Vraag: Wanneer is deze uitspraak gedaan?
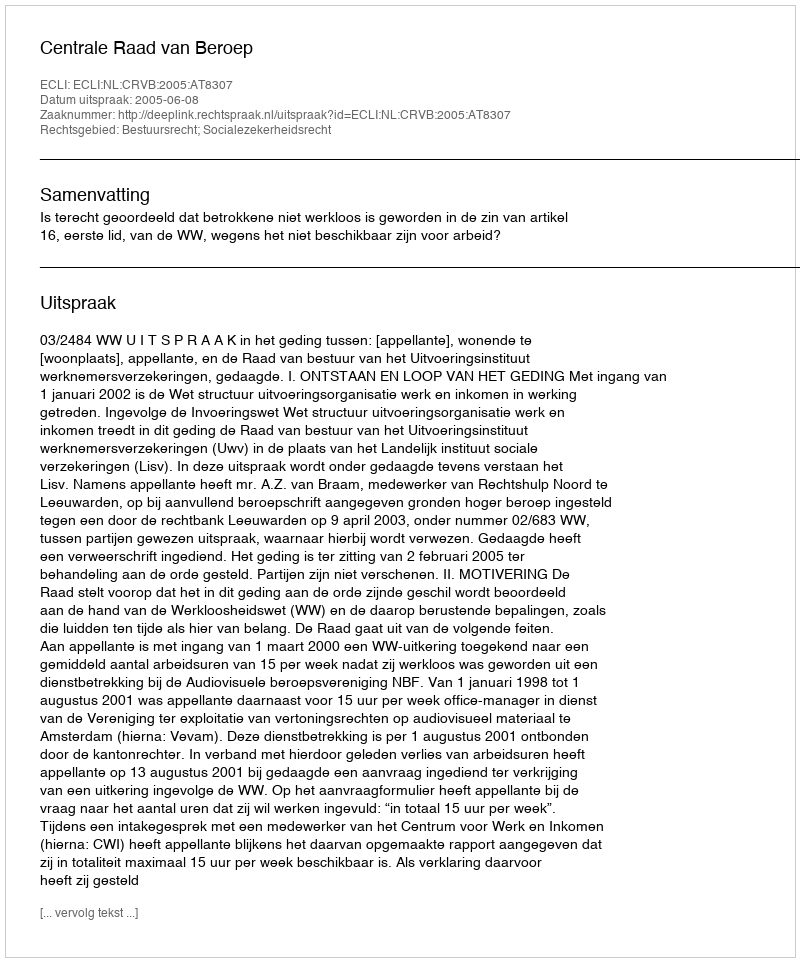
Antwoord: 2005-06-08